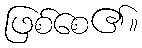
ဖြစ်စေ၏။